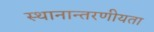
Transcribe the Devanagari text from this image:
स्थानान्तरणीयता